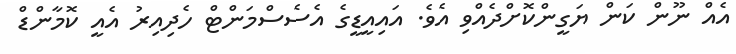
އެއް ނޫން ކަން ޔަގީންކޮށްދެއްވި އެވެ. އައިއީޑީގެ އެސެސްމަންޓް ހެދިއިރު އެއީ ކޮމާންޑް